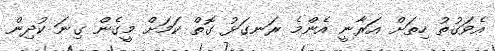
އެވަގުތު ހިތަށް އަރާނީ އެންމެ ރަނގަޅު ގޮތް ކަމަށް މީގެން ގިނަ ކުދިން